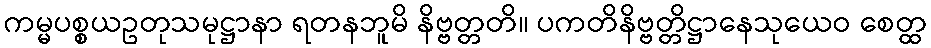
ကမ္မပစ္စယဥတုသမုဋ္ဌာနာ ရတနဘူမိ နိဗ္ဗတ္တတိ။ ပကတိနိဗ္ဗတ္တိဋ္ဌာနေသုယေဝ စေတ္ထ